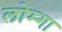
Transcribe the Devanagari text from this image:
लोम्गा